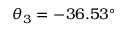
\theta _ { 3 } = - 3 6 . 5 3 ^ { \circ }